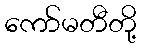
ကော်မတီတို့